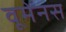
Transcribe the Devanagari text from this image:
वूमेनस